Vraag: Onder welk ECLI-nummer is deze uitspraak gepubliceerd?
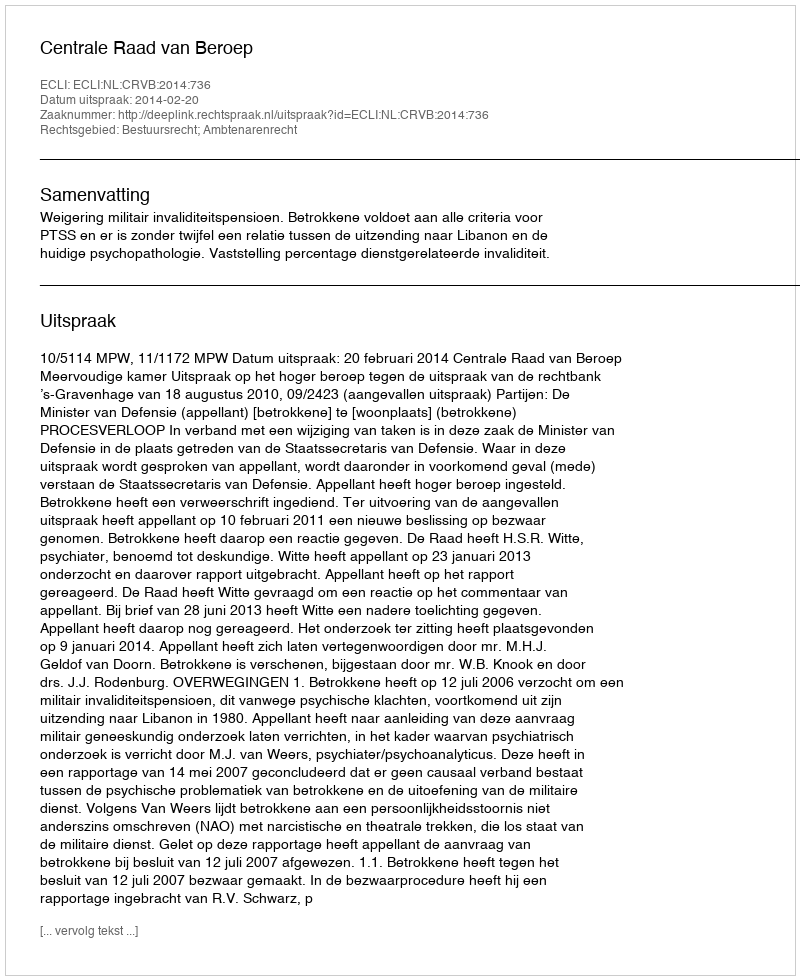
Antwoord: ECLI:NL:CRVB:2014:736